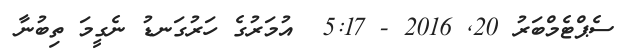
ސެޕްޓެމްބަރު 20